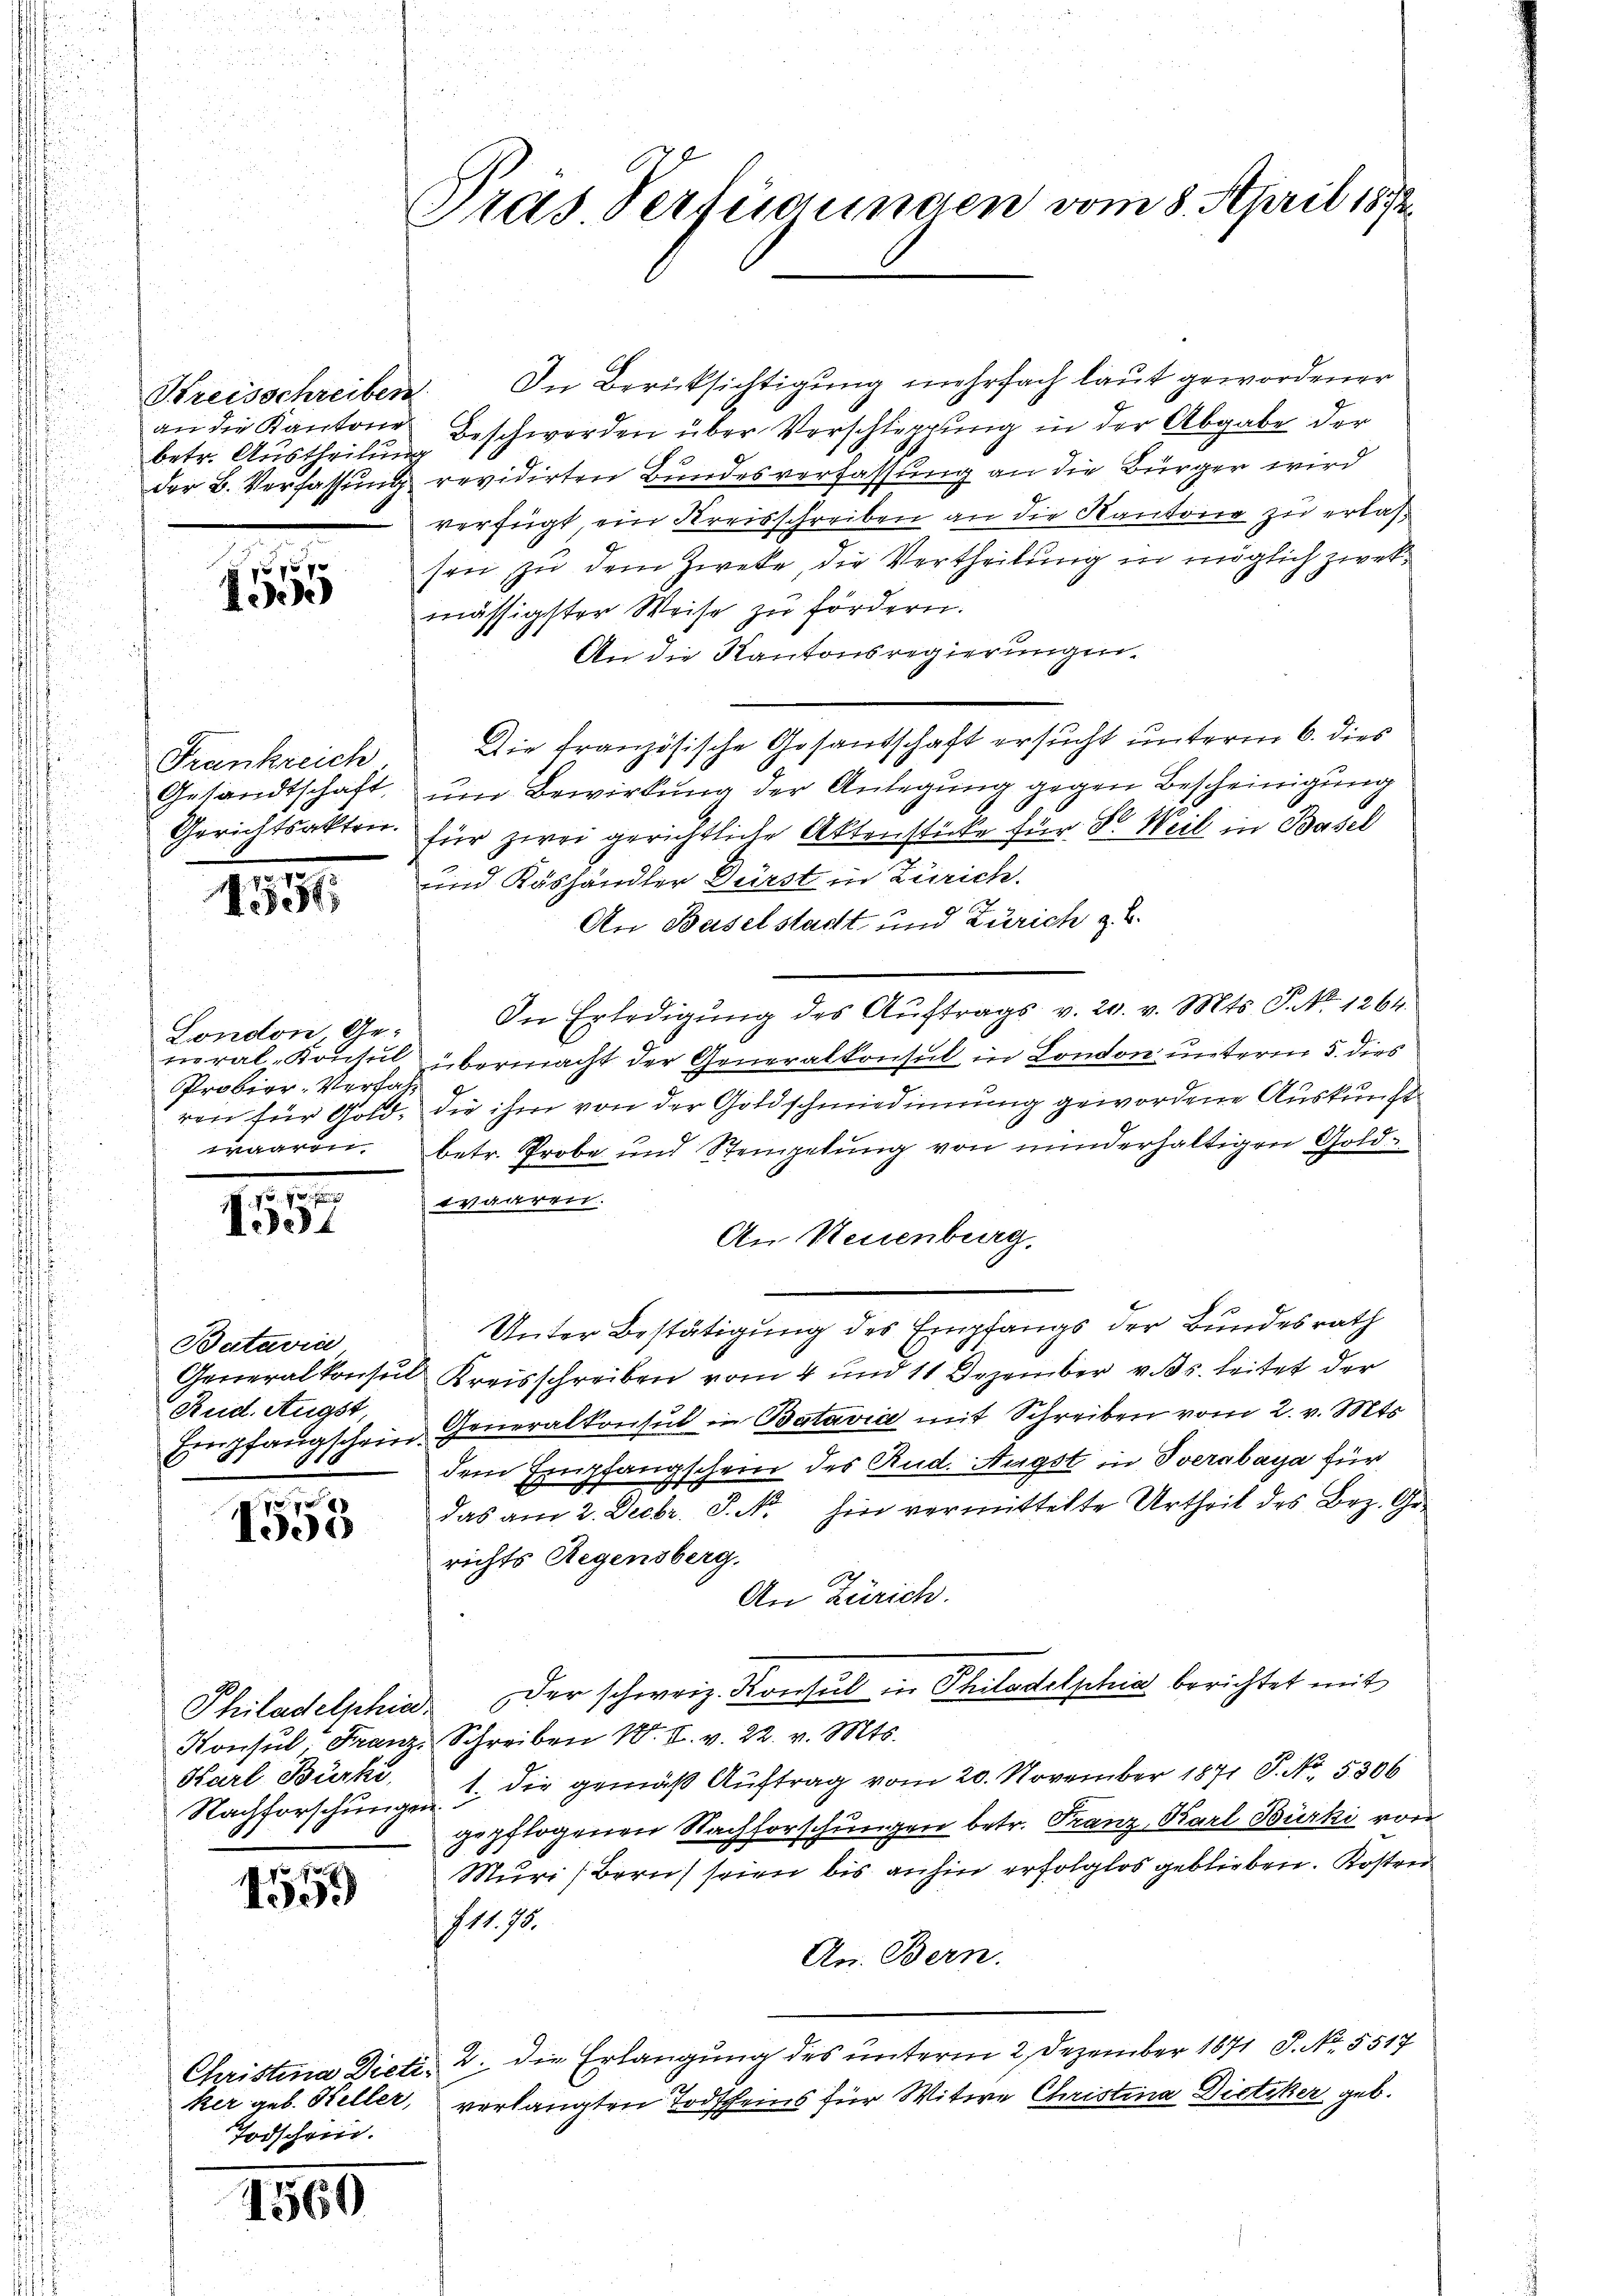
Streisschreiben
betr. Austheilung

1

Frankreich
198
8

15

u
.
4
ondon Ge¬
.
Probior-Verfahwaaren

1.10.
1394

Batavia
Rud. Augst,
E

1553

E
Nachforschungen.

1559

C
Todschein.

1569

Pras. Verfügungen vom 8. April 1892.

In Berücksichtigung mehrfach laut gewordener
an die Kantone Beschwerden über Verschleerung in der Abgabe der
der B. Verfassung revidirten Bundesverfassung an die Bürger wird
verfügt, ein Kreisschreiben an die Kantone zu erlassen, zu dem Zweke, die Vertheilung in möglich zweimässigster Weise zu fördern.
An die Kantonsregierungen.
Die französische Gesandschaft ersucht unterm 6. dies
sandtschaft, um Bewirkung der Anlegung gegen Bescheinigung
richtsakten. für zwei gerichtliche Aktenstücke für Sr. Weil in Basel
und Käshändler Dürst in Zürich.
3
An Baselstacht und Zürich z. B.
In Erledigung des Auftrags v. 20. v. Mts. P. Nr. 1264.
ral-Konsul übermacht der Generalkonsul in London unterm 5. dies
in für Gold, die ihm von der Goldschmiedinnung gewordene Auskunft
betr. Probe und Steingebung von minderhaltigen Goldvariren.
An Neuenburg.
Unter Bestätigung des Empfangs der Bundesrath
Generalkonsul Kreisschreiben vom 4 und 11 Dezember v. Js. leitet der
Einpfangschein Generalkonsul in Batavia mit Schreiben vom 2. v. Mts.
dem Empfangscheur des Rud. Augst in verabaya für
das am 2. Decbr. P. Nr. hin vermittelte Urtheil des Bez. Gerichts Regensberg,
An Zürich.
Philadelphia der schweiz. Konsul in Philadelphia berichtet mit
Konsul, Franz Schreiben N. V. v. 22. v. Mts.
Karl Bürki, 1. die gemäß Auftrag vom 20. November 1871 P. No. 5306
gepflogenen Nachforschungen betr. Franz Karl Bürki von
Muri (Bern seien bis anhin erfolglos geblieben. Kosten
741. 70.
An. Bern.
Tristina Dicti 2. die Erlangung des unterm 2. Dezember 1871 P. No. 5517
ker geb. Heller, verlangten Todscheins für Witwe Christina Dietiker geb.